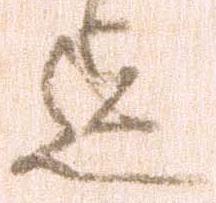
迄